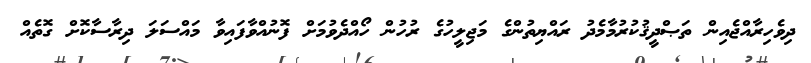
ދިވެހިރާއްޖެއިން ތަޞްދީޤުކުރުމާމެދު ރައްޔިތުންގެ މަޖިލީހުގެ ރުހުން ހޯއްދެވުމަށް ފޮނުއްވާފައިވާ މައްސަލަ ދިރާސާކޮށް ގޮތެއް